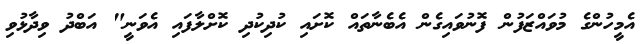
އެމީހުންގެ މުވައްޒަފުން ފޮނުވައިގެން އެބެނާތައް ކޮށައި ކުދިކުދި ކޮށްލާފައި އެވަނީ" އަބްދު ވިދާޅުވި